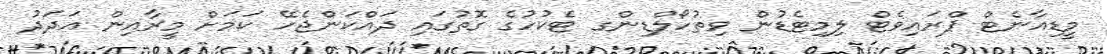
މީޑިއާނެޓް ޕްރައިވެޓް ލިމިޓެޑުން ވިތުހޯލްޑިންގ ޓެކުހުގެ ގޮތުގައި ދައްކަންޖެހޭ ކަމަށް މީރާއިން އަދަދު